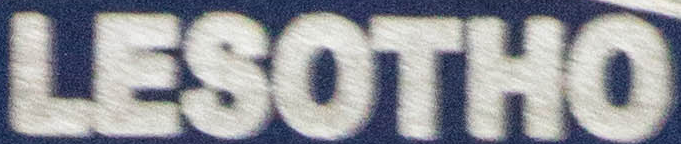
LESOTHO